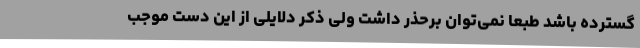
گسترده باشد طبعا نمی‌توان برحذر داشت ولی ذکر دلایلی از این دست موجب